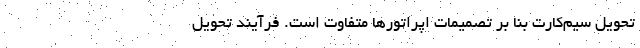
تحویل سیم‌کارت بنا بر تصمیمات اپراتورها متفاوت است. فرآیند تحویل